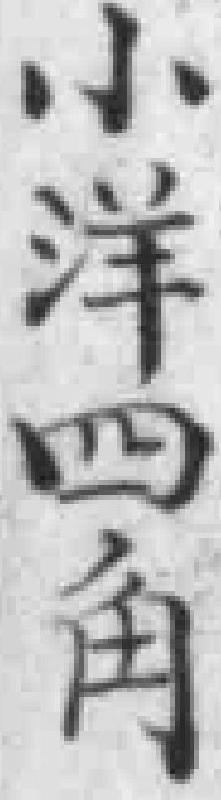
小洋四角